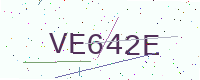
Text: VE642E